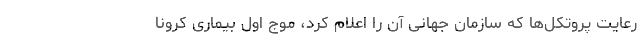
رعایت پروتکل‌ها که سازمان جهانی آن را اعلام کرد، موج اول بیماری کرونا